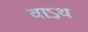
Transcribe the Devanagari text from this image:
वाऽथ